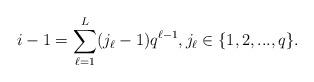
LaTeX: \begin{align*} i-1=\sum_{\ell=1}^L (j_\ell -1)q^{\ell-1}, j_\ell \in\{1,2, ...,q\}.\end{align*}